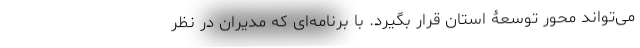
می‌تواند محور توسعۀ استان قرار بگیرد. با برنامه‌ای که مدیران در نظر